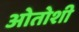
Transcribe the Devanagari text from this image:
ओतोशी